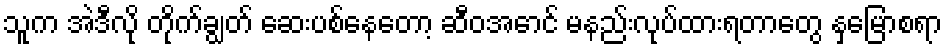
သူက အဲဒီလို တိုက်ချွတ် ဆေးပစ်နေတော့ ဆီဝအောင် မနည်းလုပ်ထားရတာတွေ နှမြောစရာ